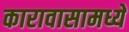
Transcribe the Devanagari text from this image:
कारावासामध्ये